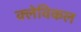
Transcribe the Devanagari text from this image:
क्लेविकल